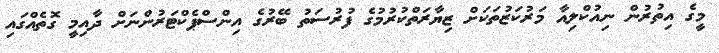
މީގެ އިތުރުން ނިއުކްލިއާ މަރުކަޒުތަކަށް ޒިޔާރަތްކުރުމުގެ ފުރުސަތު ބޭރުގެ އިންސްޕެކްޓަރުންނަށް ދާއިމީ ގޮތެއްގައި